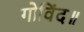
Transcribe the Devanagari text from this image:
गोविंद॥